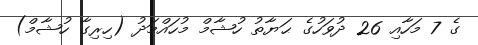
ގެ 7 މަހާއި 26 ދުވަހުގެ ޙަޔާތު ހުޝާމް މުހައްމަދު (ހިރިގާ ހުޝާމް)